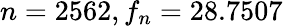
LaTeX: n=2562,f_{n}=28.7507